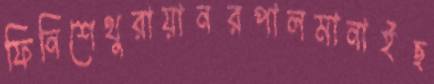
ফিনিশেথুরায়ানরপালমানাইছ